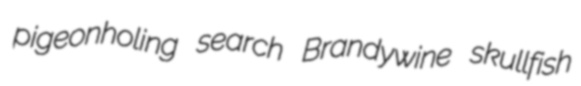
pigeonholing search Brandywine skullfish